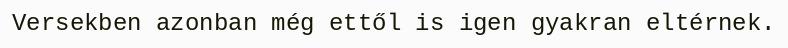
Versekben azonban még ettől is igen gyakran eltérnek.